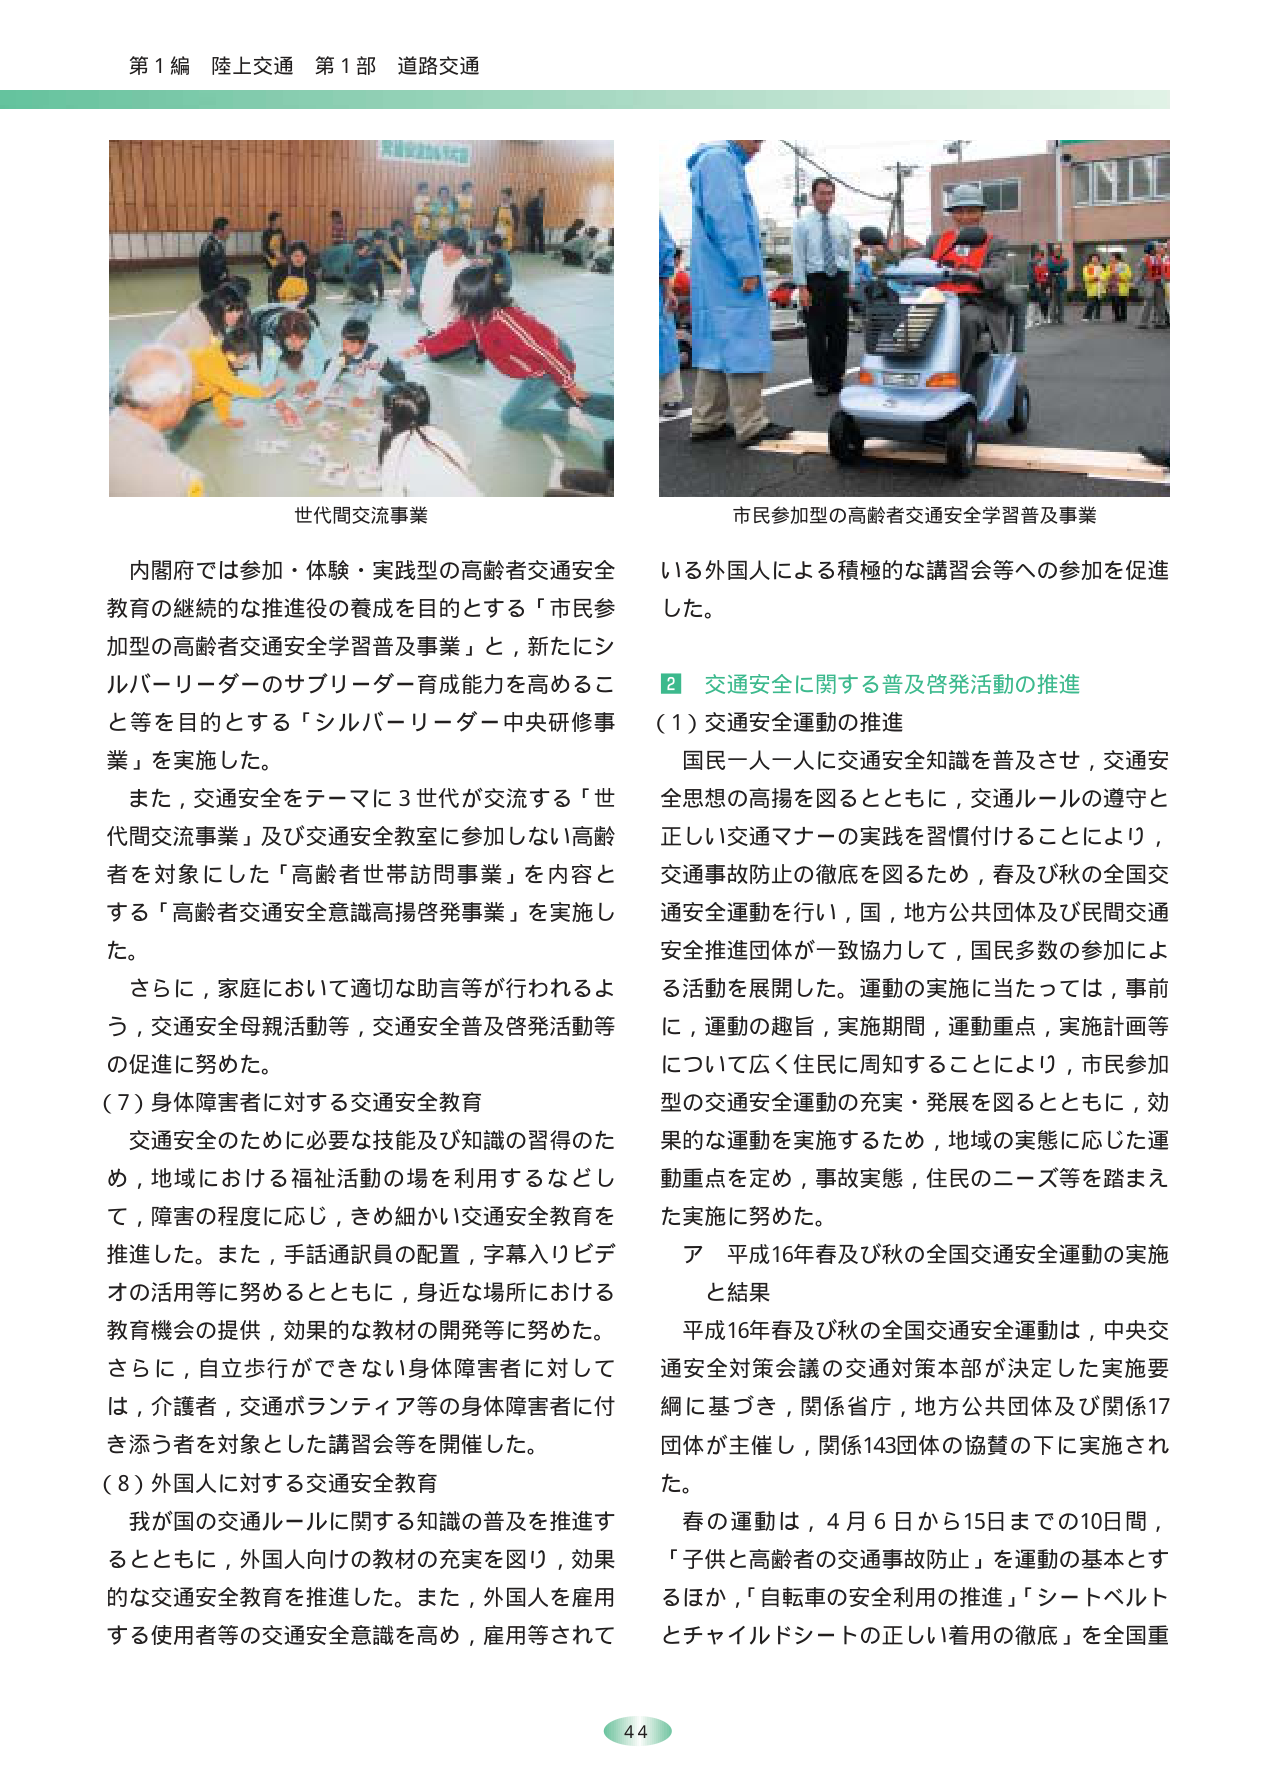
第1編 陸上交通 第1部 道路交通

世代間交流事業

内閣府では参加・体験・実践型の高齢者交通安全教育の継続的な推進役の養成を目的とする「市民参加型の高齢者交通安全学習普及事業」と，新たにシルバー・リーダーのサブリーダー育成能力を高めること等を目的とする「シルバー・リーダー中央研修事業」を実施した。

また，交通安全をテーマに3世代が交流する「世代間交流事業」及び交通安全教室に参加しない高齢者を対象にした「高齢者世帯訪問事業」を内容とする「高齢者交通安全意識高揚啓発事業」を実施した。

さらに，家庭において適切な助言等が行われるよう，交通安全母親活動等，交通安全普及啓発活動等の促進に努めた。

（7）身体障害者に対する交通安全教育

交通安全のために必要な技能及び知識の習得のため，地域における福祉活動の場を利用するなどして，障害の程度に応じ，きめ細かい交通安全教育を推進した。また，手話通訳員の配置，字幕入りビデオの活用等に努めるとともに，身近な場所における教育機会の提供，効果的な教材の開発等に努めた。さらに，自立歩行ができない身体障害者に対しては，介護者，交通ボランティア等の身体障害者に付き添う者を対象とした講習会等を開催した。

（8）外国人に対する交通安全教育

我が国の交通ルールに関する知識の普及を推進するとともに，外国人向けの教材の充実を図り，効果的な交通安全教育を推進した。また，外国人を雇用する使用者等の交通安全意識を高め，雇用等されて

市民参加型の高齢者交通安全学習普及事業

いる外国人による積極的な講習会等への参加を促進した。

2 交通安全に関する普及啓発活動の推進

（1）交通安全運動の推進

国民一人一人に交通安全知識を普及させ，交通安全思想の高揚を図るとともに，交通ルールの遵守と正しい交通マナーの実践を習慣付けることにより，交通事故防止の徹底を図るため，春及び秋の全国交通安全運動を行い，国，地方公共団体及び民間交通安全推進団体が一致協力して，国民多数の参加による活動を展開した。運動の実施に当たっては，事前に，運動の趣旨，実施期間，運動重点，実施計画等について広く住民に周知することにより，市民参加型の交通安全運動の充実・発展を図るとともに，効果的な運動を実施するため，地域の実態に応じた運動重点を定め，事故実態，住民のニーズ等を踏まえた実施に努めた。

ア 平成16年春及び秋の全国交通安全運動の実施と結果

平成16年春及び秋の全国交通安全運動は，中央交通安全対策会議の交通対策本部が決定した実施要綱に基づき，関係省庁，地方公共団体及び関係17団体が主催し，関係143団体の協賛の下に実施された。

春の運動は，4月6日から15日までの10日間，「子供と高齢者の交通事故防止」を運動の基本とするほか，「自転車の安全利用の推進」「シートベルトとチャイルドシートの正しい着用の徹底」を全国重

44